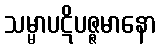
သမ္မာပဋိပဇ္ဇမာနော